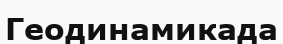
Геодинамикада